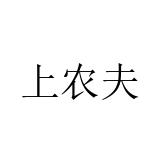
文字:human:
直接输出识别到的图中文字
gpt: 上农夫